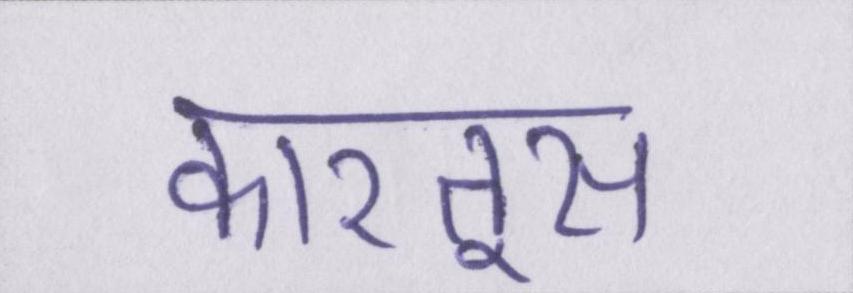
कारतूस